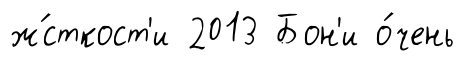
ж́сткост'и 2013 Бон'и о́чень